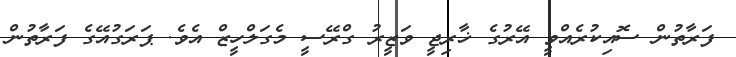
ފަރާތުން ސޮއިކުރެއްވީ އޭރުގެ ޚާރިޖީ ވަޒީރު ގްރޭސީ މެގަލްހީޒް އެވެ. ޕަރަގުއޭގެ ފަރާތުން